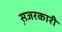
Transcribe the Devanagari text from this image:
स़जरकारी